Report on the administration of the Government Cinchona Department 1892-98
Year: 1892
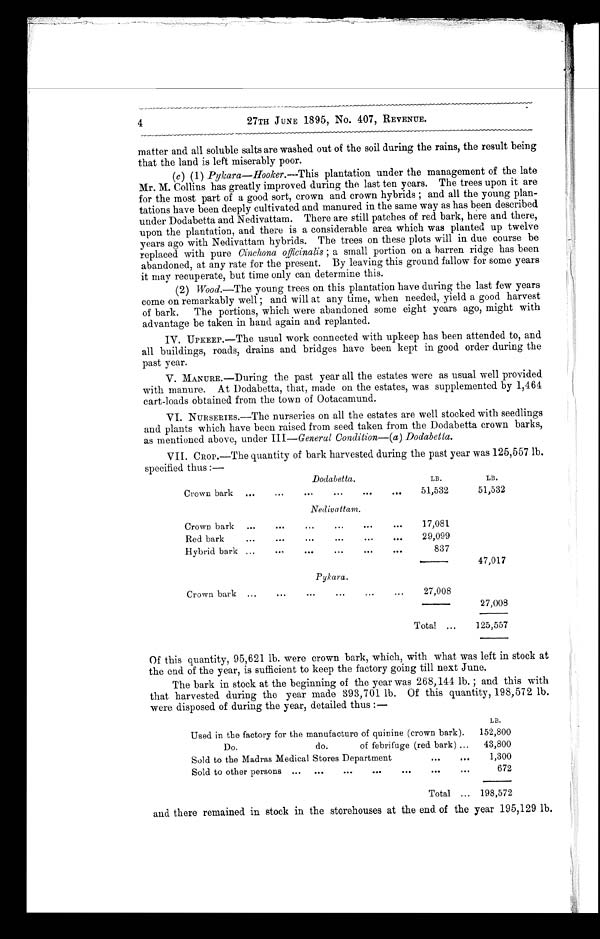
4
27TH JUNE 1895, No. 407, REVENUE.
matter and all soluble salts are washed out of the soil during the rains, the result being
that the land is left miserably poor.
(c ) (1) Pykara—Hooker.- This plantation under the management of the late
Mr. M. Collins has greatly improved during the last ten years. The trees upon it are
for the most part of a good sort, crown and crown hybrids ; and all the young plan
-tations have been deeply cultivated and manured in the same way as has been described
under Dodabetta and Nedivattam. There are still patches of red bark, here and there,
upon the plantation, and there is a considerable area which was planted up twelve
years ago with Nedivattam hybrids. The trees on these plots will in due course be
replaced with pure Cinchona officinalis;a s m a l l p o r t i o n o n a b a r r e n r i d g e h a s b e e n
abandoned, at any rate for the present. By leaving this ground fallow for some years
it may recuperate, but time only can determine this.
(2) Wood.—The young trees on this plantation have during the last few years
come on remarkably well ; and will at any time, when needed, yield a good harvest
of bark. The portions, which were abandoned some eight years ago, might with
advantage be taken in hand again and replanted.
IV. UPKEEP.—The usual work connected with upkeep has been attended to, and
all buildings, roads, drains and bridges have been kept in good order during the
past year.
V. MANURE.—During the past year all the estates were as usual well provided,
with manure. At Dodabetta, that, made on the estates, was supplemented by 1,464
cart-loads obtained from the town of Ootacamund.
VI. NURSERIES.—The nurseries on all the estates are well stocked with seedlings
and plants which have been raised from seed taken from the Dodabetta crown barks,
as mentioned above, under III —General Condition— (a ) Dodabetta.
VII. CROP.—The quantity of bark harvested during the past year was 125,557 lb.
specified thus :—
Dodabetta.
LB.
LB.
Crown bark
51,532
51,532
Nedivattam.
Crown bark
17,081
Red bark
29,099
Hybrid bark
837
47,017
Pykara.
Crown bark
27,008
27,008
Total
125,557
Of this quantity, 95,621 lb. were crown bark, which, with what was left in stock at
the end of the year, is sufficient to keep the factory going till next June.
The bark in stock at the beginning of the year was 268,144 lb. ; and this with
that harvested during the year made 393,701 lb. Of this quantity, 198,572 lb.
were disposed of during the year, detailed thus :—
LB.
Used in the factory for the manufacture of quinine (crown bark). 152,800
Do.
do.
of febrifuge (red bark)
43,800
Sold to the Madras Medical Stores Department
1,300
Sold to other persons
672
Total
198,572
and there remained in stock in the storehouses at the end of the year 195,129 lb.